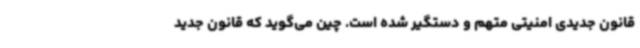
قانون جدیدی امنیتی متهم و دستگیر شده است. چین می‌گوید که قانون جدید